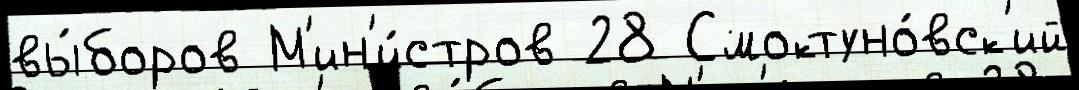
вы́боров М'ин'и́стров 28 Смоктуно́вск'ий